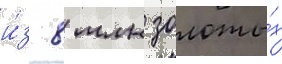
и́з 8 млн золоты́х